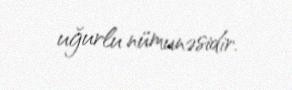
uğurlu nümunəsidir.